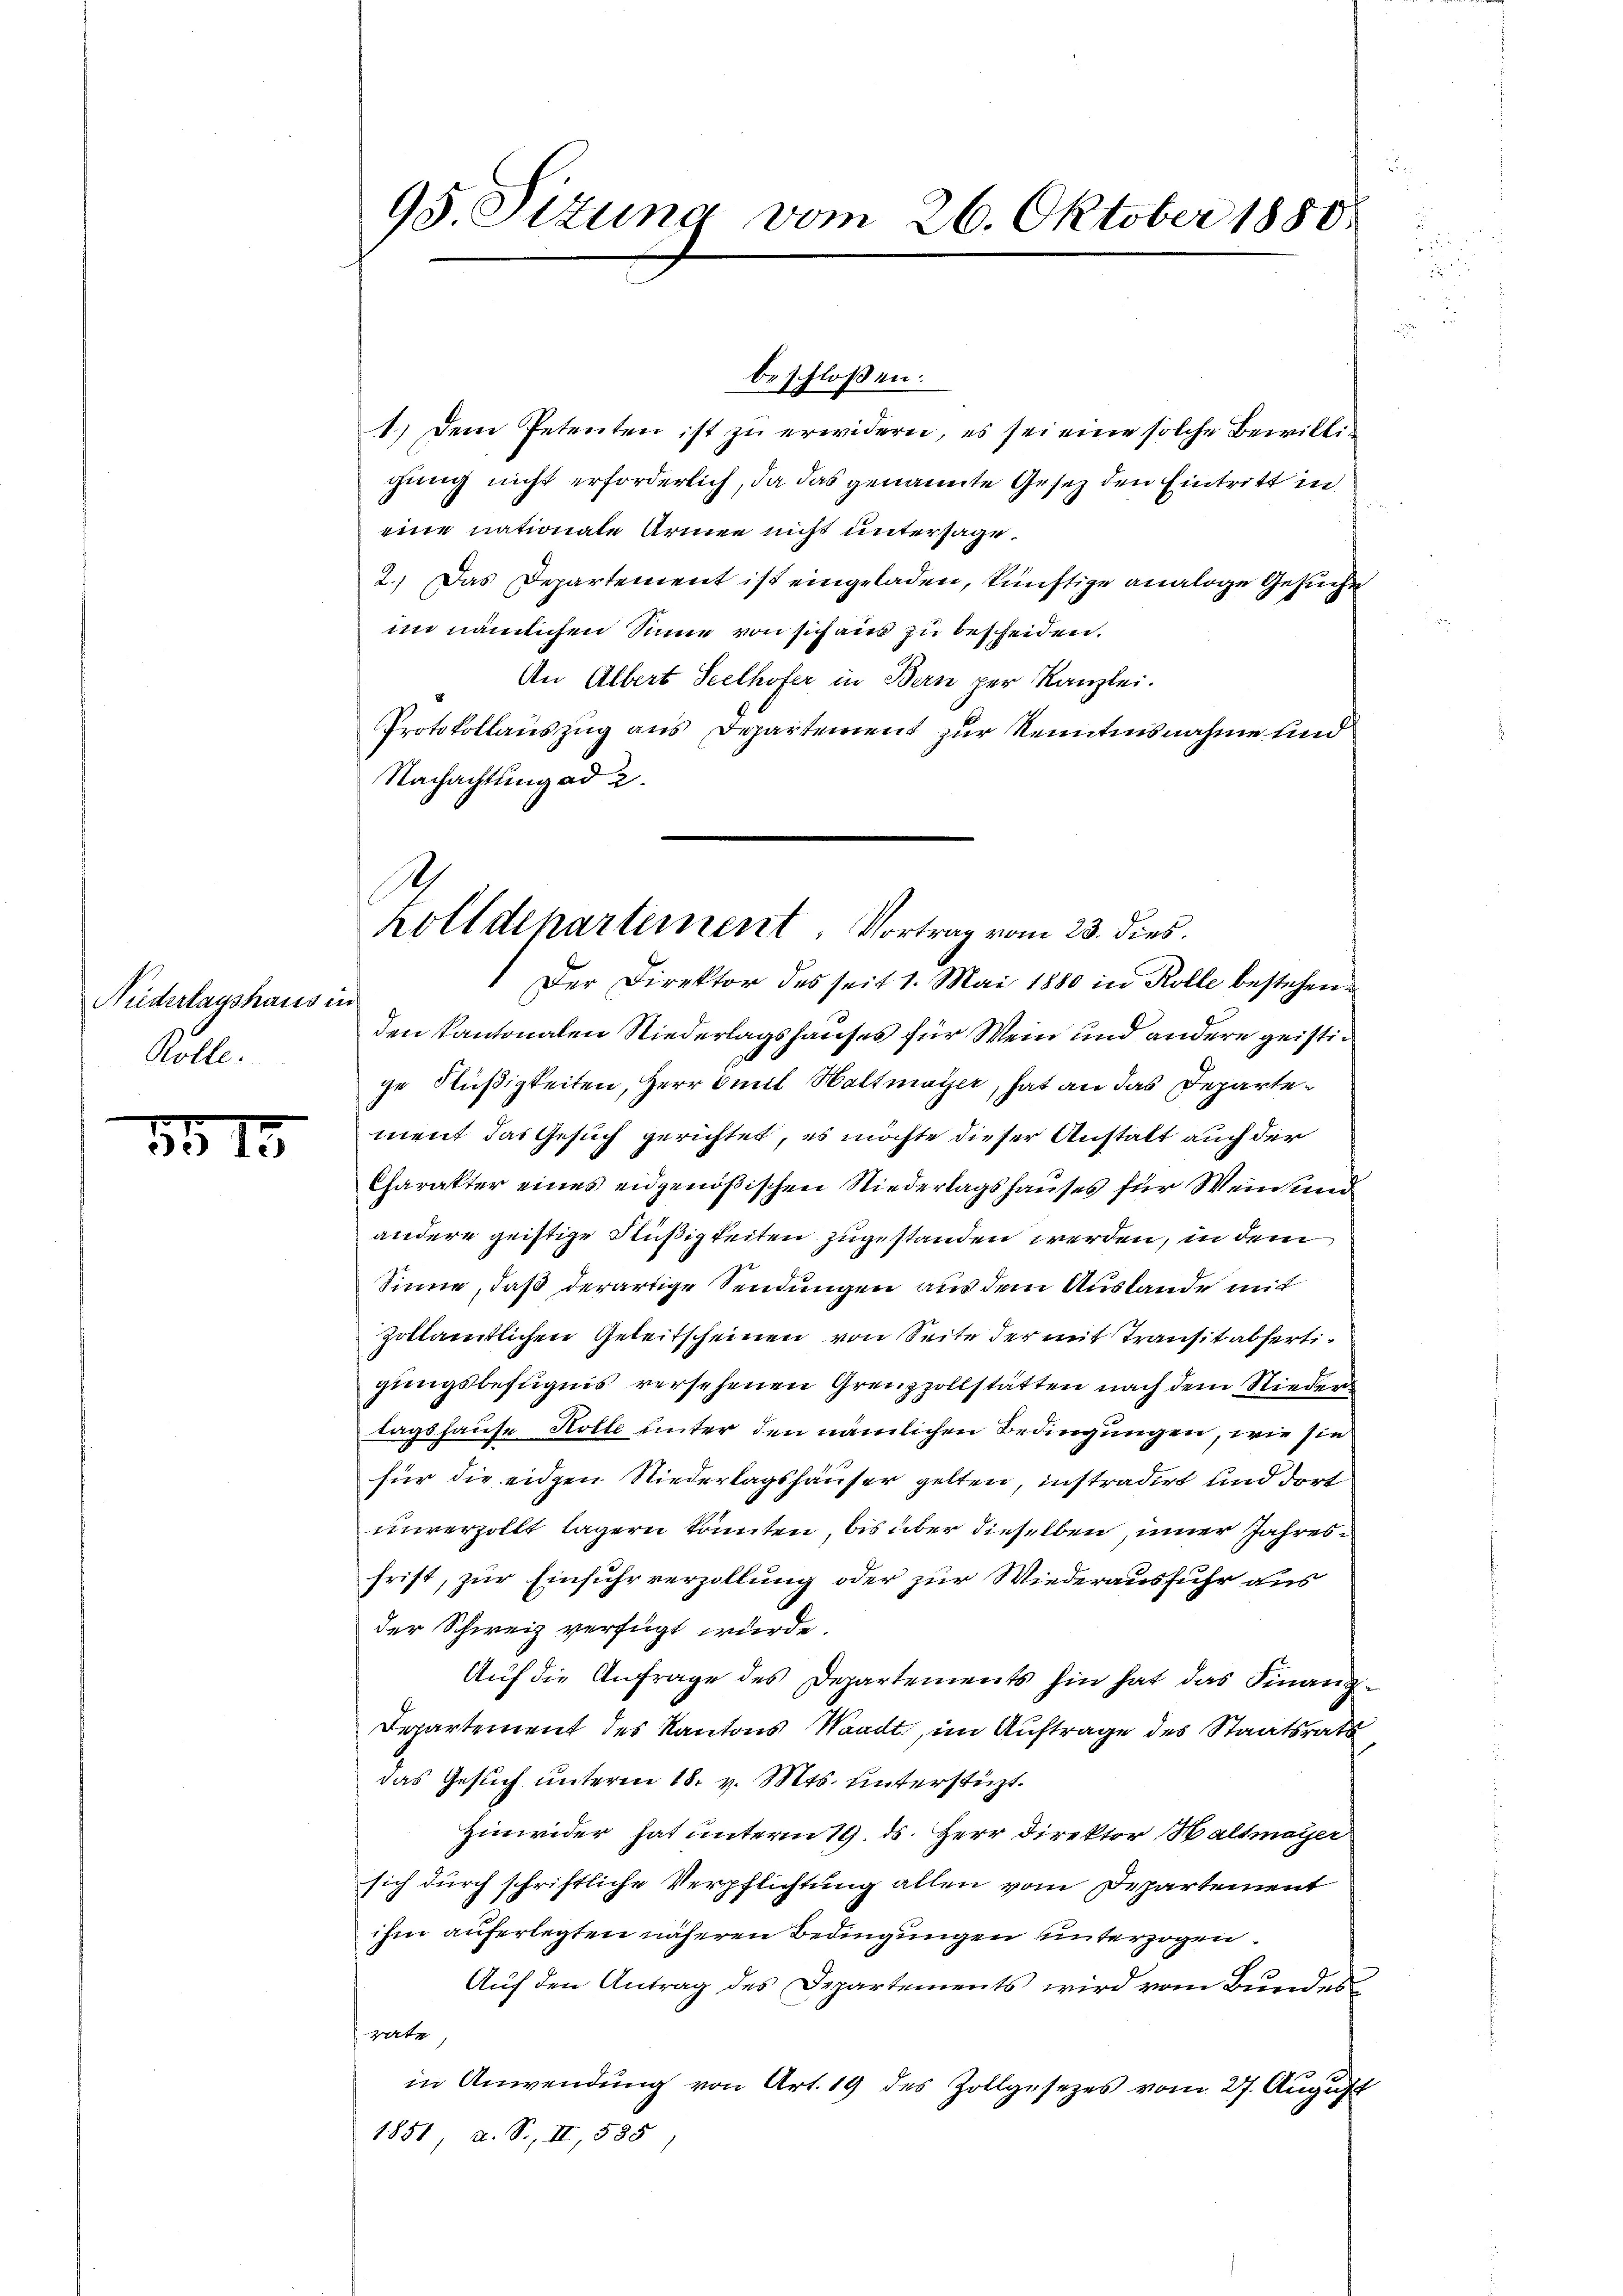
Niederlagshaus in
Rolle.

3915

1.) Dem Petenten ist zu erwidern, es sei eine solche Bewilligung nicht erforderlich, da das genannte Gesetz den Eintritt in
eine nationale Armee nicht untersage.
2.) Das Departement ist eingeladen, künftige analoge Gesuche
im nämlichen Sinne von sich aus zu bescheiden.
An Albert Seelhofer in Bern per Kanzlei.
Protokollauszug aus Departement zur Kenntensnahme sind
Nachachtung ad 2.
Der Direktor des seit 1. Mai 1880 in Kolle bestehen
den kantonalen Niederlagshauses für Wein und andere geistige Flüßigkeiten, Herr Smit Waltmayer, hat an das Departement das Gesuch gerichtet, es möchte dieser Anstatt auch der
Charakter eines eidgenößischen Niederlagshauses für Weinande
andere geistige Flüßigkeiten zugestanden werden, in dem
Sinne, daß derartige Sendungen aus dem Auslande mit
zollamtlichen Geleitscheinen von Seite der mit Transit abfertigungsbefugnis versehenen Grenzzollstätten nach dem Nieder
tagshause Kolle unter den nämlichen Bedingungen, wie sie
für die eidgen Niederlagshäuser gelten, instradirt und dort
unverzollt lägern könnten, bis über dieselben, inner Jahresfrist, zur Einfuhrverzollung oder zur Wiederausfuhr aus
der Schweiz verfügt wurde.
Auf die Anfrage des Departements hin hat das Finanz¬
Departement des Kantons Waadt, im Auftrage des Staatsrath
das Gesuch unterm 18. v. Mts. unterstüzt.
Hinwieder hat unterm 19. ds. Herr Direktor Waltmeyer
sich durch schriftliche Verpflichtung allen vom Departement
ihm auferlegten näheren Bedingungen unterzogen.
Aŭf den Antrag des Departements wird vom Bundes
rate,
in Anwendung von Art. 19 des Zollgesezes vom 27. August
1851, u. S., II, 585

95 Situng vom 26. Oktober 1850

beschloßen:

.
holldepartement Vortrag vom 23. dies